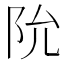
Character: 阭